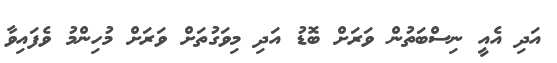
އަދި އެއީ ނިސްބަތުން ވަރަށް ބޮޑު އަދި މިވަގުތަށް ވަރަށް މުހިންމު ވެފައިވާ